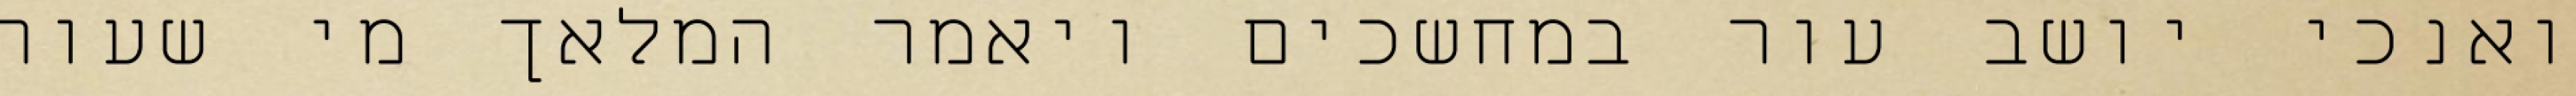
ואנכי יושב עור במחשכים ויאמר המלאך מי שעור